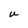
Character: U